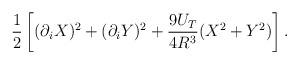
LaTeX: \begin{align*}\frac{1}{2}\left[(\partial_i X)^2+(\partial_i Y)^2+\frac{9U_T}{4R^3}(X^2+Y^2)\right].\end{align*}